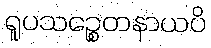
ရူပသဉ္စေတနာယပိ